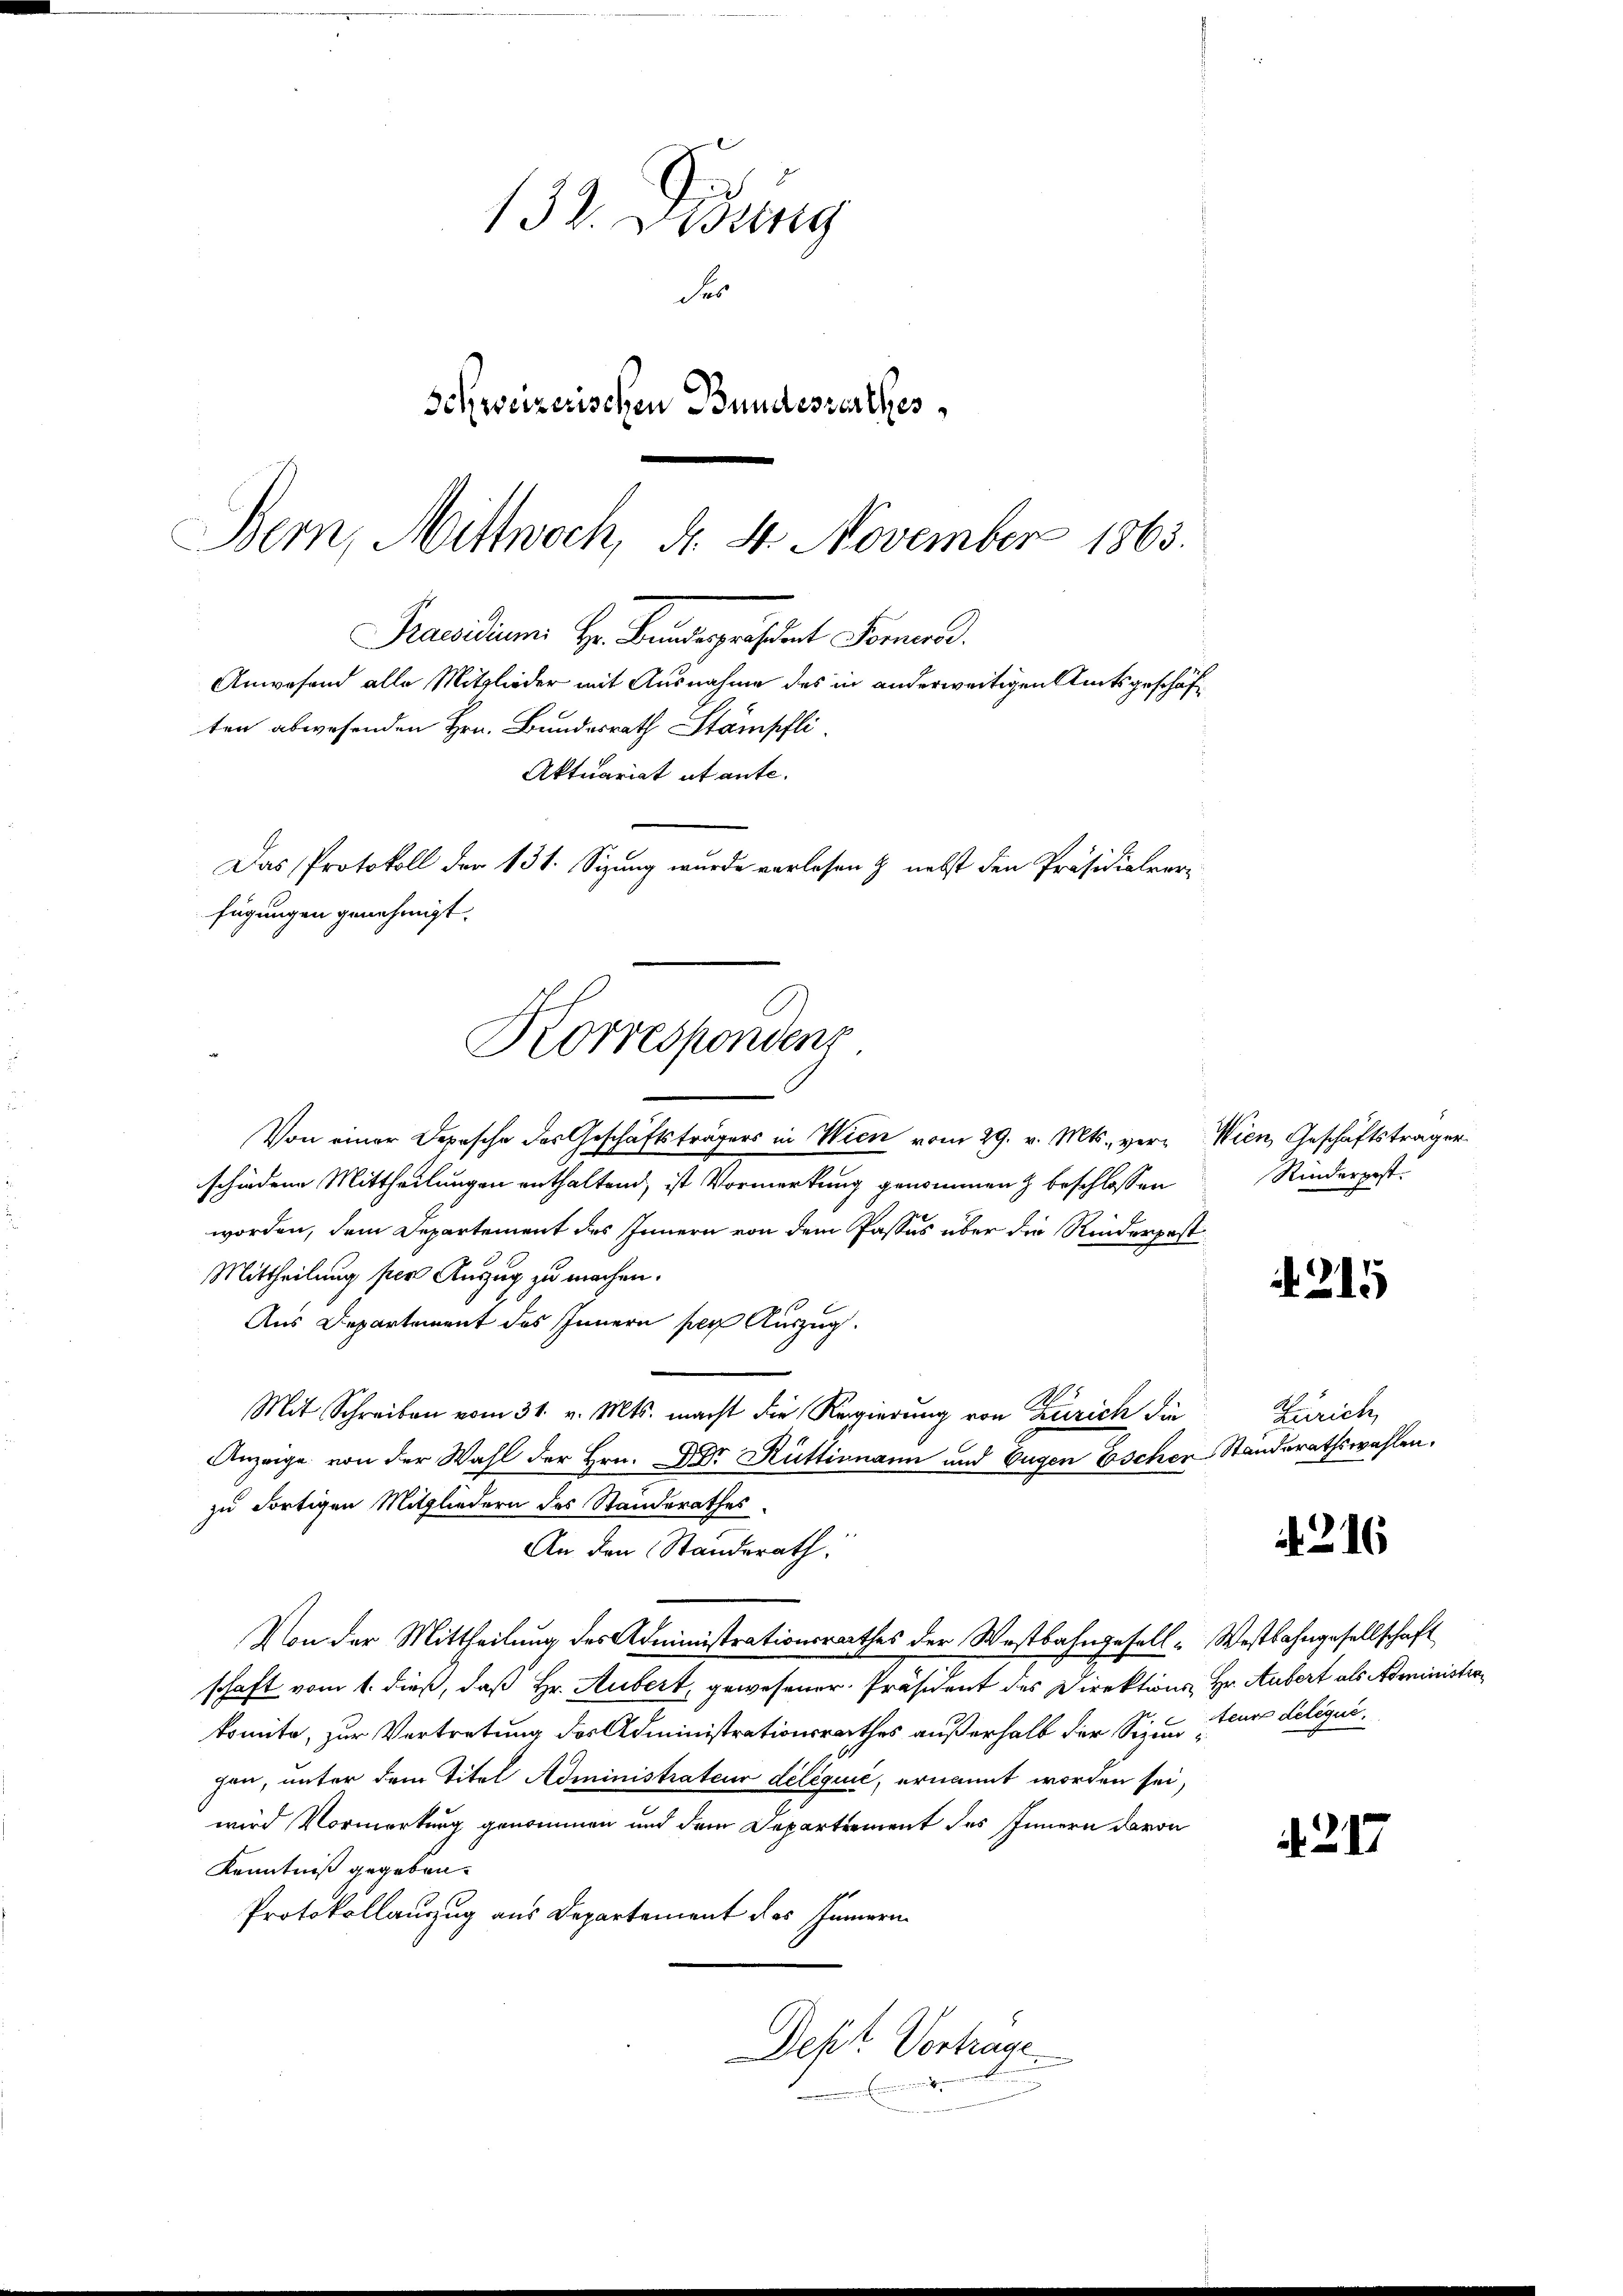
132. Didung
Ser
Schweizerischen Bundesverthes

Bern, Mittwoch, d. 4. November 1863.
Praesidium Hr. Pendepräsident Formund.
ten abwesenden Hrn. Bundesrath Stämpfli
fügungen genehmigt.
Korrespondent

Anwesend alle Mitglieder mit Ausnahme des in anderweitigen Amtsgeschäf¬
Aktuariat et ante.
Das Protokoll der 131. Sizung wurde verlesen & nebst den Präsidialver¬

Von einer Depesche des Geschäftsträgers in Wien vom 29. v. Mts., ver-Wien Geschäftsträger
schiedene Mittheilungen enthaltend, ist Vormerkung genommen & beschlossen
worden, dem Departement des Innern von dem Passus über die Riederpost¬
Mittheilung per Auszug zu machen.
Aus Departement des Innern ser Auszug.
Mit Schreiben vom 31. v. Mts. macht die Regierung von Zürich die
Anzeige von der Wahl der Hrn. Dr. Rüttimann und Eugen Eschen Standerathswahlen.
zu dortigen Mitgliedern des Standerathes
An den Standerath:
Von der Mittheilung des Administrationsrathes der Wostbahngesell-Westbahngesellschaft
schaft vom 1. dieß, daß Hr. Aubert, gewesener Präsident des Direktions Hr. Aubert als Administir
komite, zur Vertretung des Administrationsrathes außerhalb der Sizen teure deliquigen, unter dem Titel Administrateur déléquić, ernannt worden sei,
wird Vormerkung genommen und dem Departement des Innern davon
Kenntniß gegeben.
Protokollauszug aus Departement des Innern
Dept Vortrage

Rinderpost.

215

Zürich

. 216

. 217